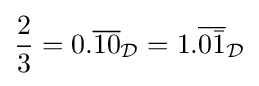
{\frac {2}{3}}=0.{\overline {10}}_{\mathcal {D}}=1.{\overline {0{\bar {1}}}}_{\mathcal {D}}